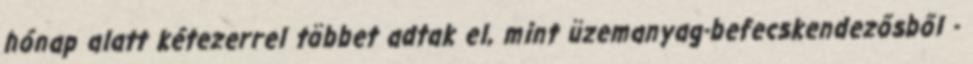
hónap alatt kétezerrel többet adtak el, mint üzemanyag-befecskendezősből -